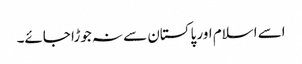
اسے اسلام اور پاکستان سے نہ جوڑا جائے۔